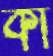
কাঁ